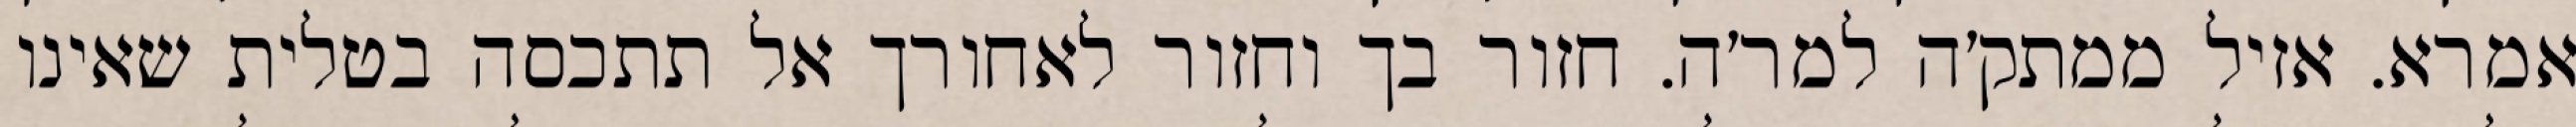
אמרא. אזיל ממתק׳ה למר׳ה. חזור בך וחזור לאחורך אל תתכסה בטלית שאינו